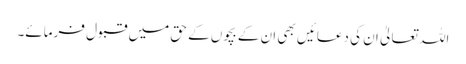
اللہ تعالیٰ ان کی دعائیں بھی ان کے بچوں کے حق میں قبول فرمائے۔